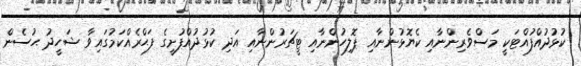
ކުޅުދުއްފުއްޓަކީ މަސްވެރިންނާއި ކެޔޮޅުންނާއި ޕޮލިހުންނާއި ޓީޗަރުންނާއި އަދި ކުޅުދުއްފުށީގެ ފަޙްރެއްކަމުގައިވާ ޝަހީދު ޙުސެން